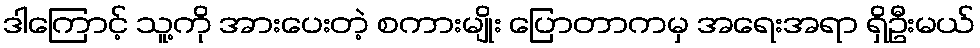
ဒါကြောင့် သူ့ကို အားပေးတဲ့ စကားမျိုး ပြောတာကမှ အရေးအရာ ရှိဦးမယ်